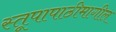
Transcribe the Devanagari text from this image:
स्तूपापाठीमागील